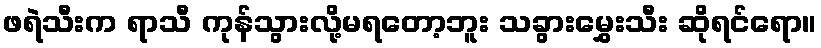
ဖရဲသီးက ရာသီ ကုန်သွားလို့မရတော့ဘူး သခွားမွှေးသီး ဆိုရင်ရော။